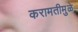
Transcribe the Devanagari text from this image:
करामतीमुळे